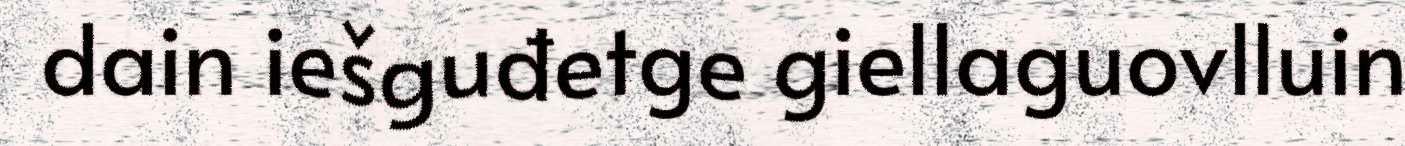
dain iešguđetge giellaguovlluin